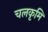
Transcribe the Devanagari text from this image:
चलकृमि